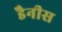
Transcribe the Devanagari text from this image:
डैनीस